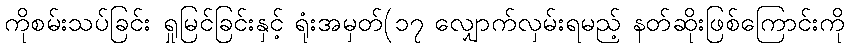
ကိုစမ်းသပ်ခြင်း ရှုမြင်ခြင်းနှင့် ရုံးအမှတ်(၁၇ လျှောက်လှမ်းရမည့် နတ်ဆိုးဖြစ်ကြောင်းကို